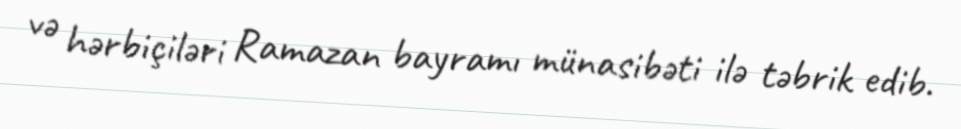
və hərbiçiləri Ramazan bayramı münasibəti ilə təbrik edib.